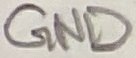
Text: GND